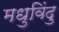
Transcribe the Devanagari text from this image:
मधुविंदु